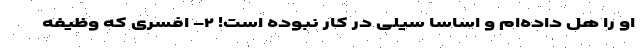
او را هل داده‌ام و اساسا سیلی در کار نبوده است! ۲- افسری که وظیفه